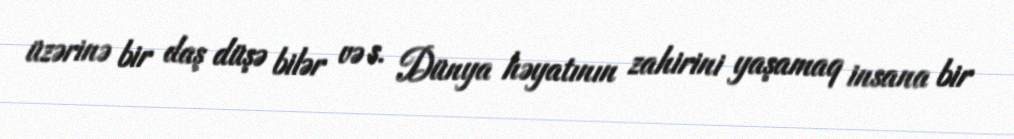
üzərinə bir daş düşə bilər və s. Dünya həyatının zahirini yaşamaq insana bir